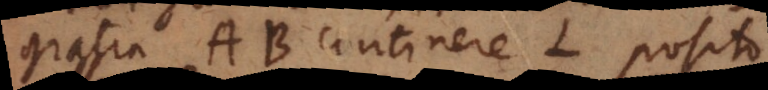
gratia AB continere L posito